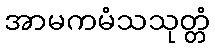
အာမကမံသသုတ္တံ